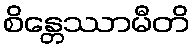
စိန္တေဿာမီတိ